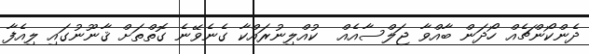
ދެންކޯންޗެއް ހޯދަން ބާއްވާ ޖަލްސާއެއް  ކުއްލިނުރައްކާ ގެނެވޭނެ ގޮތްތަށް ޤާނޫނުގައި ލިއެފާ